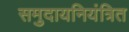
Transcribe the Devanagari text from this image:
समुदायनियंत्रित